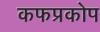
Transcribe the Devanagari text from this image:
कफप्रकोप